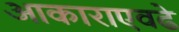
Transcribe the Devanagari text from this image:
आकाराएवढे